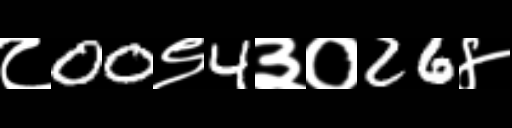
Text: ८00९4३०26४